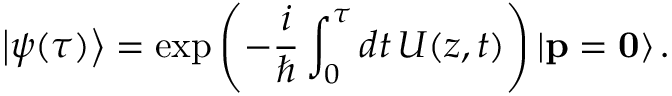
\left| \psi ( \tau ) \right> = \exp \left( - \frac { i } { \hbar } \int _ { 0 } ^ { \tau } d t \, U ( z , t ) \right) \left| \mathbf { p } = \mathbf { 0 } \right> .